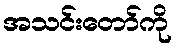
အသင်းတော်ကို